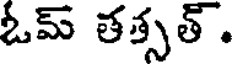
ఓమ్ తత్సత్.